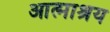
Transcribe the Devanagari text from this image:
आत्माश्रय